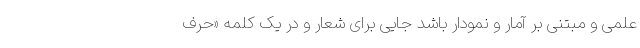
علمی و مبتنی بر آمار و نمودار باشد جایی برای شعار و در یک کلمه «حرف